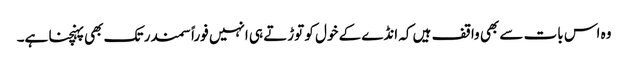
وہ اس بات سے بھی واقف ہیں کہ انڈے کے خول کو توڑتے ہی انہیں فوراً سمندر تک بھی پہنچنا ہے۔